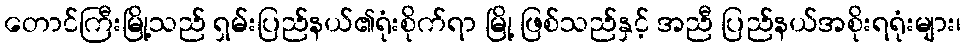
တောင်ကြီးမြို့သည် ရှမ်းပြည်နယ်၏ရုံးစိုက်ရာ မြို့ ဖြစ်သည်နှင့် အညီ ပြည်နယ်အစိုးရရုံးများ၊